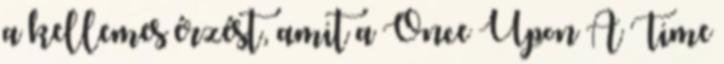
a kellemes érzést, amit a Once Upon A Time